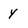
Character: y